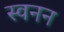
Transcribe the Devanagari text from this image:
स्वनन